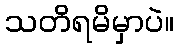
သတိရမိမှာပဲ။